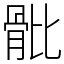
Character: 𩨨